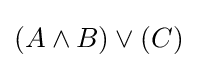
(A\land B)\lor (C)